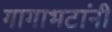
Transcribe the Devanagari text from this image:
गागाभटांनी